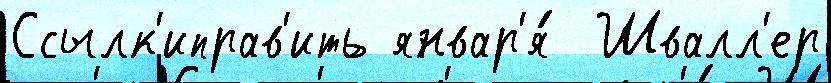
Ссылк'иправ'ить январ'я́  Швалл'ер